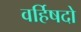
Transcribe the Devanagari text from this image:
वर्हिषदो